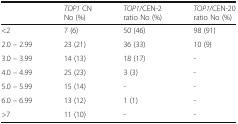
<table><thead><tr><td></td><td><b><i>TOP1</i> CN No (%)</b></td><td><b><i>TOP1</i>/CEN-2 ratio No (%)</b></td><td><b><i>TOP1</i>/CEN-20 ratio No (%)</b></td></tr></thead><tbody><tr><td>&lt;2</td><td>7 (6)</td><td>50 (46)</td><td>98 (91)</td></tr><tr><td>2.0 – 2.99</td><td>23 (21)</td><td>36 (33)</td><td>10 (9)</td></tr><tr><td>3.0 – 3.99</td><td>14 (13)</td><td>18 (17)</td><td>-</td></tr><tr><td>4.0 – 4.99</td><td>25 (23)</td><td>3 (3)</td><td>-</td></tr><tr><td>5.0 – 5.99</td><td>15 (14)</td><td>-</td><td>-</td></tr><tr><td>6.0 – 6.99</td><td>13 (12)</td><td>1 (1)</td><td>-</td></tr><tr><td>&gt;7</td><td>11 (10)</td><td>-</td><td>-</td></tr></tbody></table>